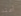
أعتد